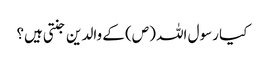
کیا رسول اللہ (ص) کے والدین جنتی ہیں؟